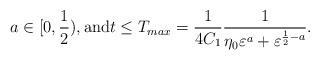
LaTeX: \begin{align*}a\in[0,\frac{1}{2}),\mbox{and}t\leq T_{max}=\frac{1}{4C_1}\frac{1}{\eta_{0}\varepsilon^a+\varepsilon^{\frac{1}{2}-a}}.\end{align*}